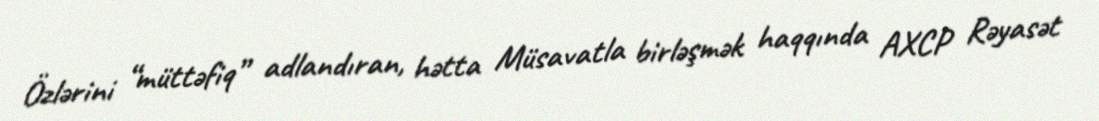
Özlərini “müttəfiq” adlandıran, hətta Müsavatla birləşmək haqqında AXCP Rəyasət